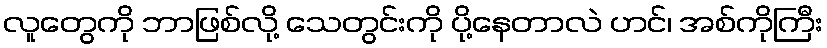
လူတွေကို ဘာဖြစ်လို့ သေတွင်းကို ပို့နေတာလဲ ဟင်၊ အစ်ကိုကြီး